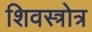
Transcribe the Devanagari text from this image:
शिवस्त्रोत्र